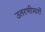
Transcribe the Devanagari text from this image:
उतरणीमार्गे